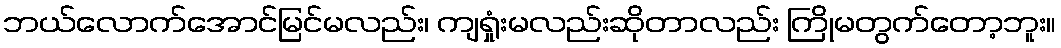
ဘယ်လောက်အောင်မြင်မလည်း၊ ကျရှုံးမလည်းဆိုတာလည်း ကြိုမတွက်တော့ဘူး။